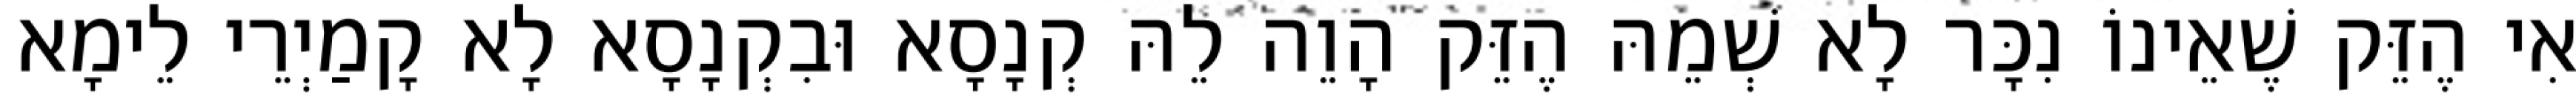
אִי הֶזֵּק שֶׁאֵינוֹ נִכָּר לָא שְׁמֵהּ הֶזֵּק הָוֵה לֵהּ קְנָסָא וּבִקְנָסָא לָא קָמַיְרֵי לֵימָא